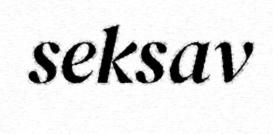
seksav